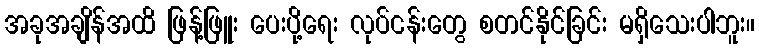
အခုအချိန်အထိ ဖြန့်ဖြူး ပေးပို့ရေး လုပ်ငန်းတွေ စတင်နိုင်ခြင်း မရှိသေးပါဘူး။